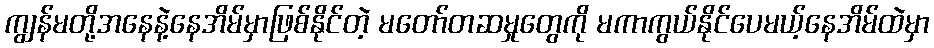
ကျွန်မတို့အနေနဲ့နေအိမ်မှာဖြစ်နိုင်တဲ့ မတော်တဆမှုတွေကို မကာကွယ်နိုင်ပေမယ့်နေအိမ်ထဲမှာ